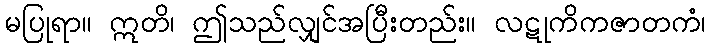
မပြုရာ။ ဣတိ၊ ဤသည်လျှင်အပြီးတည်း။ လဋုကိကဇာတကံ၊